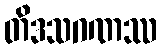
တိဒသဂဏဿ